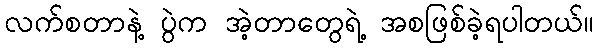
လက်စတာနဲ့ ပွဲက အဲ့တာတွေရဲ့ အစဖြစ်ခဲ့ရပါတယ်။